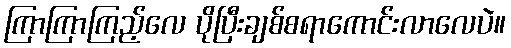
ကြာကြာကြည့်လေ ပိုပြီးချစ်စရာကောင်းလာလေပဲ။